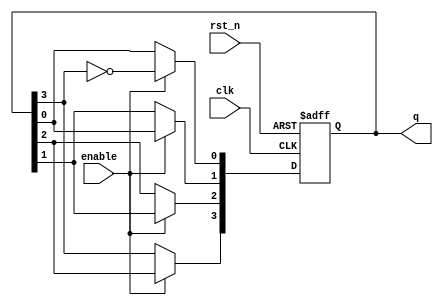
module johnson_counter (
    input wire clk,          // Clock input
    input wire rst_n,       // Active-low asynchronous reset
    input wire enable,      // Enable signal
    output reg [3:0] q      // 4-bit output of the counter
);

    // Always block triggered on the rising edge of the clock
    always @(posedge clk or negedge rst_n) begin
        if (!rst_n) begin
            // Asynchronous reset: set counter to 0
            q <= 4'b0000;
        end else if (enable) begin
            // Johnson counter logic
            q[0] <= ~q[3]; // Invert the last flip-flop output for the first flip-flop input
            q[1] <= q[0];  // Shift the values
            q[2] <= q[1];  // Shift the values
            q[3] <= q[2];  // Shift the values
        end
        // If enable is low, hold current state (no action needed)
    end

endmodule